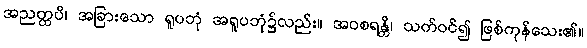
အညတ္ထပိ၊ အခြားသော ရူပဘုံ အရူပဘုံ၌လည်း။ အဝစရန္တိ၊ သက်ဝင်၍ ဖြစ်ကုန်သေး၏။